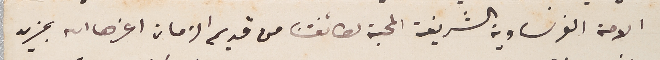
الامة الفرنساوية الشريفة المحبة لطائفتنا من قديم الزمان اعزها الله بمزيد